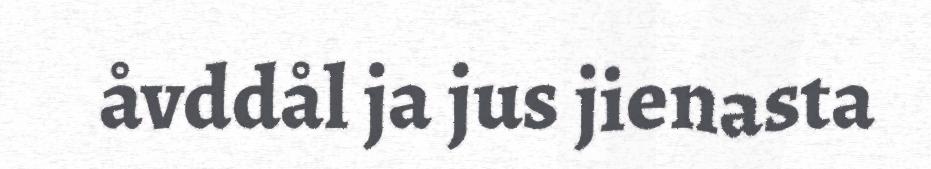
åvddål ja jus jienasta